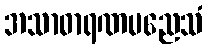
အသာဓာရဏမညေသံ